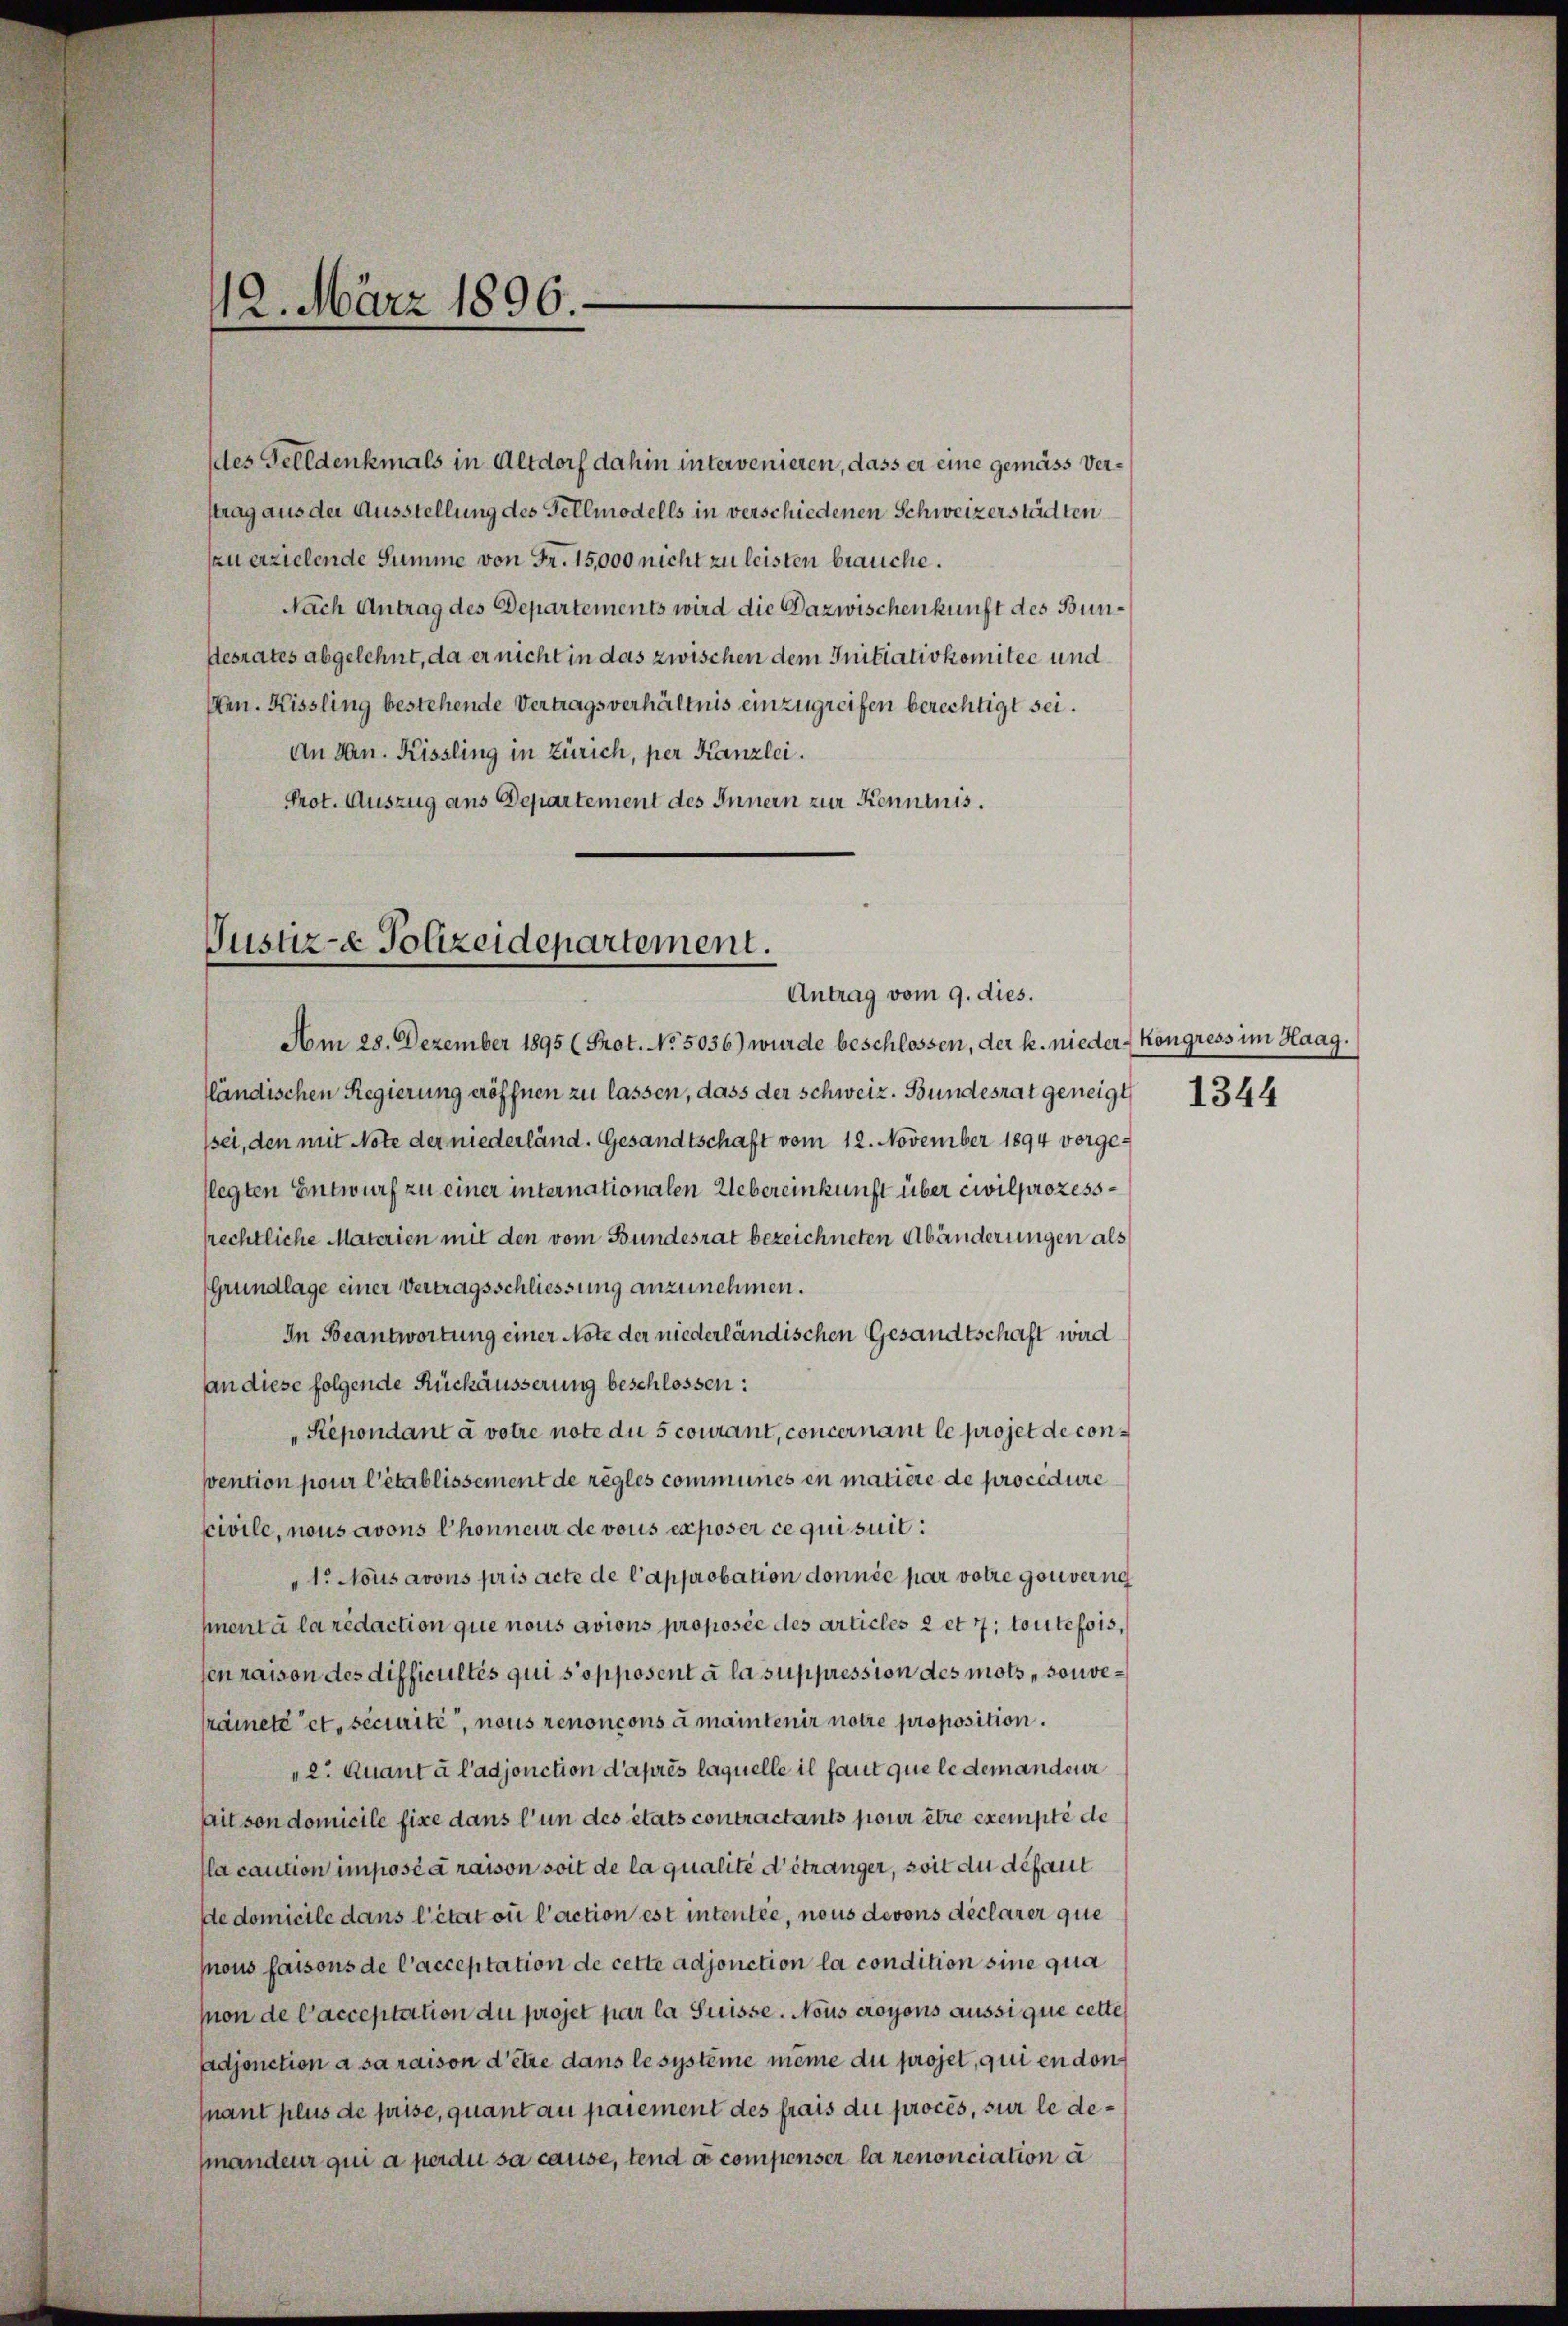
12. März 1896.

des Felldenkmals in Altdorf dahin intervenieren, dass er eine gemäss Verstrag aus der Ausstellung des Fellmodells in verschiedenen Schweizerstädten
zu erzielende Summe von Fr. 15,000 nicht zu leisten brauche.
Nach Antrag des Departements wird die Dazwischenkunft des Bun¬
Aesrates abgelehnt, da er nicht in das zwischen dem Initiativkomitee und
Hrn. Kissling bestehende Vertragsverhältnis einzugreifen berechtigt sei.
An Hrn. Kissling in Zürich, per Kanzlei.
Prot. Auszug aus Departement des Innern zur Kenntnis.
Am 28. Dezember 1895 (Prot. No. 5036) wurde beschlossen, der k. nieder Kongress im Haag.
fländischen Regierung eröffnen zu lassen, dass der Schweiz. Bundesrat geneigt 1344
/sei, den mit Note der niederländ. Gesandtschaft vom 12. November 1894 vorgelegten Entwurf zu einer internationalen Uebereinkunft über civilprozessprechtliche Materien mit den vom Bundesrat bezeichneten Abänderungen als
Grundlage einer Vertragsschliessung anzunehmen.
In Beantwortung einer Note der niederländischen Gesandtschaft wird
An diese folgende Rückäusserung beschlossen:
Repondant à votre note du 5 courant, concernant le projet de consention pour l’établissement de règles communes en matière de procedure
scivile, nous avons Chonneur de vous exposer ce qui suit:
"1. Nous avons pris acte de l’approbation donnée par votre gouverne
mnent à la redaction que nous avions proposée des articles 2 et 7; toutefois,
sen raison des difficultés qui s’opposent à la suppression des mots souverämeté et, securiti, nous renoncons a maintenir notre proposition.
2. Quant à l’adjonction d’après laquelle il faut que le demanden
ait son domicile fixe dans l’un des états contractants pour être exempte de
fla caution imposé à raison soit de la qualité d’étranger, soit du défaut
e domicile dans l’état ou l’action est intentée, nous devons déclarer que
ous faisons de l’acceptation de cette adjonction la condition sine qua
mon de l’acceptation du projet par la Suisse. Nous croyons aussi que cette
adjonction a saraison d’être dans le système même du projet, qui en don
nant plus de prise, quant au paiement des frais du procès, sur le demandeur qui a perdu sa cause, tend à compenser la renonciation a

Justiz-e Polizeidepartement.
Antrag vom 9. dies.